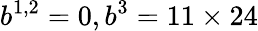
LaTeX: b^{1,2}=0,b^{3}=11\times 24